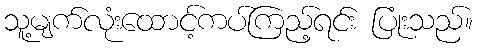
သူ့မျက်လုံးထောင့်ကပ်ကြည့်ရင်း ပြုံးသည်။